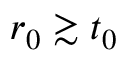
r _ { 0 } \gtrsim t _ { 0 }